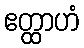
ဧတ္ထာဟံ